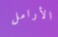
الأرامل